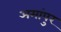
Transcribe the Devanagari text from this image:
अमांपुर